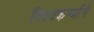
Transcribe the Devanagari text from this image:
विश्वकर्म्याने